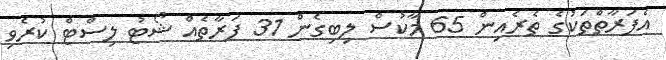
އެފަރާތްތަކުގެ ތެރެއިން 65 މާކުސް ލިބިގެން 31 ފަރާތެއް ޝޯޓު ލިސްޓް ކުރެވި